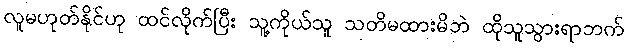
လူမဟုတ်နိုင်ဟု ထင်လိုက်ပြီး သူ့ကိုယ်သူ သတိမထားမိဘဲ ထိုသူသွားရာဘက်